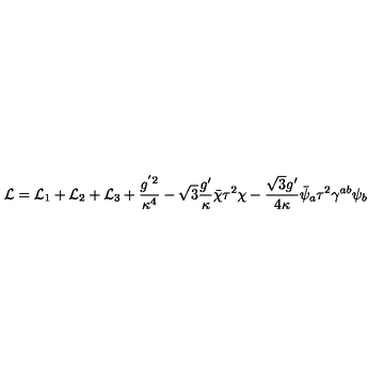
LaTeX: { \cal L } = { \cal L } _ { 1 } + { \cal L } _ { 2 } + { \cal L } _ { 3 } + \frac { g ^ { ' 2 } } { \kappa ^ { 4 } } - \sqrt { 3 } \frac { g ^ { \prime } } { \kappa } \bar { \chi } \tau ^ { 2 } \chi - \frac { \sqrt { 3 } g ^ { \prime } } { 4 \kappa } \bar { \psi } _ { a } \tau ^ { 2 } \gamma ^ { a b } \psi _ { b }